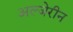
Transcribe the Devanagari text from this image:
अल्जेरीन